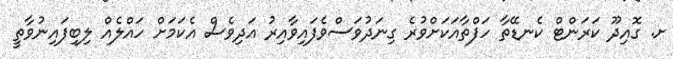
ށ. ގޮއިދޫ ކަރަންޓް ކެނޑޭތާ ހަފްތާއަކަށްވުރެ ގިނަދުވަސްވެފައިވާއިރު އަދިވެސް އެކަމަށް ހައްލެއް ލިބިފައިނުވާތީ